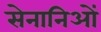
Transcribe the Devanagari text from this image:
सेनानिओं